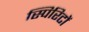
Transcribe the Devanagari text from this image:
स्पिरिटों